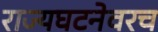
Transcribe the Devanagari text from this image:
राज्यघटनेवरच